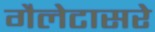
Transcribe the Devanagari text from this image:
गैलेटासरे